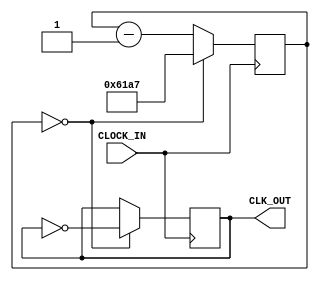
module tick_50000(CLOCK_IN, CLK_OUT);

	parameter NBIT = 16;
	
	input CLOCK_IN;
	output CLK_OUT;
	
	reg [NBIT-1:0] count;
	
	reg CLK_OUT;
	
	initial 
		begin
			count = 16'd24999;
			CLK_OUT = 1'b0;
		end
	
	always @ (posedge CLOCK_IN)
		begin
			if(count == 16'b0)
				begin
					CLK_OUT <= ~CLK_OUT;
					count <= 16'd24999;
				end
			else
				begin
					count <= count - 1'b1;
				end
		end

endmodule